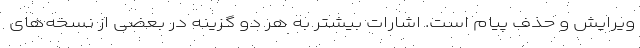
ویرایش و حذف پیام است. اشارات بیشتر به هر دو گزینه در بعضی از نسخه‌های